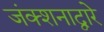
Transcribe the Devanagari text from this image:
जंक्शनाद्वारे